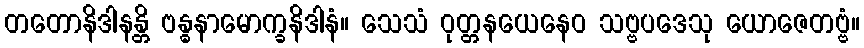
တတောနိဒါနန္တိ ဗန္ဓနာမောက္ခနိဒါနံ။ သေသံ ဝုတ္တနယေနေဝ သဗ္ဗပဒေသု ယောဇေတဗ္ဗံ။